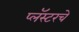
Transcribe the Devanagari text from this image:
प्लॅस्टरचे